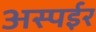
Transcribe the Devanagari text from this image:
अस्पईर